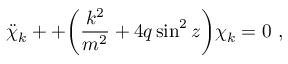
\ddot { \chi } _ { k } + + { \left( { \frac { k ^ { 2 } } { m ^ { 2 } } } + 4 q \sin ^ { 2 } z \right) } \chi _ { k } = 0 \ ,